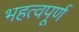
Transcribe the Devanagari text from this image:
भहत्वपूर्ण